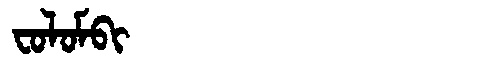
Manchu: ᠸᠣᠯᠣᠮᠪᡳ
Romanization: FOLOMBI